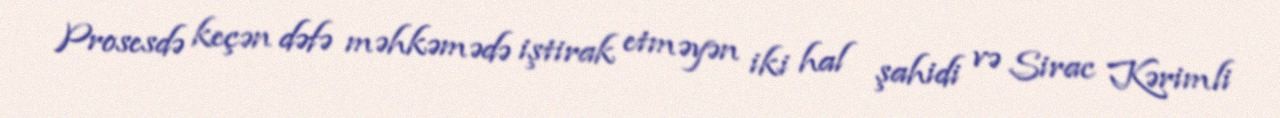
Prosesdə keçən dəfə məhkəmədə iştirak etməyən iki hal şahidi və Sirac Kərimli